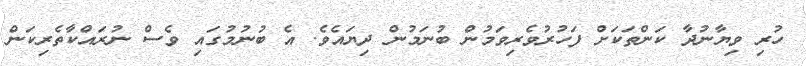
ހުރި ވިޔާނުދާ ކަންތަކަށް ފަހުރުވެރިވަމުން ބުނަމުން ދިޔައެވެ. އެ ބުނުމުގައި ވެސް ނުރައްކާތެރިކަން